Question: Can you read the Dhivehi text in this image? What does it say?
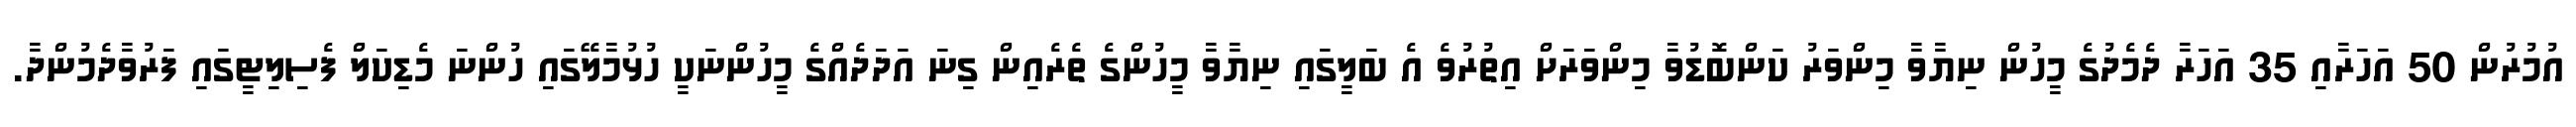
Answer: އުމުރުން 50 އަހަރާއި 35 އަހަރާ ދެމެދުގެ މީހުން ނިޔާވާ މިންވަރު ކަންބޮޑުވާ މިންވަރަށް އިތުރުވެ އެ ބަލީގައި ނިޔާވާ މީހުންގެ ތެރެއިން ގިނަ އަދަދެއްގެ މީހުންނަކީ ހުޅުމާލޭގައި ހުންނަ މެޑިކަލް ފެސިލިޓީގައި ފަރުވާދެމުންދާ.